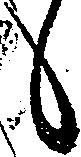
候